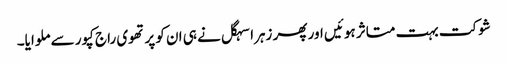
شوکت بہت متاثر ہوئیں اور پھر زہرا سہگل نے ہی ان کو پرتھوی راج کپور سے ملوایا۔